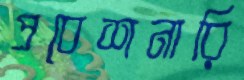
প্রবেশনারি